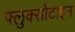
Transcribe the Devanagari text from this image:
फ्लुक्सोटाइन